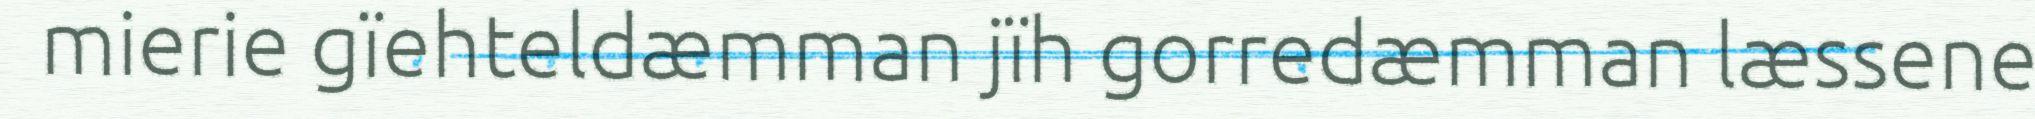
mierie gïehteldæmman jïh gorredæmman læssene